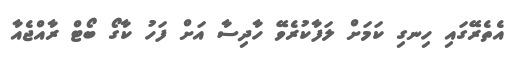
އެތެރޭގައި ހިނގި ކަމަށް ލަފާކުރެވޭ ހާދިސާ އަށް ފަހު ކާގޯ ބޯޓް ރާއްޖެއާ